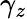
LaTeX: \gamma_{z}